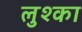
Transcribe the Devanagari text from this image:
लुश्का